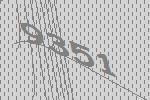
9351